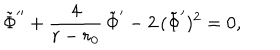
LaTeX: \tilde { \Phi } ^ { \prime \prime } + { \frac { 4 } { r - r _ { 0 } } } \, \tilde { \Phi } ^ { \prime } - 2 \, ( \tilde { \Phi } ^ { \prime } ) ^ { 2 } = 0 ,